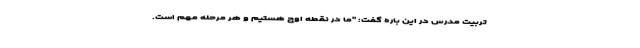
تربیت مدرس در این باره گفت: "ما در نقطه اوج هستیم و هر مرحله مهم است.